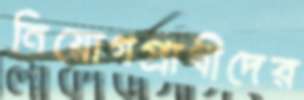
নিয়োগপ্রার্থীদের